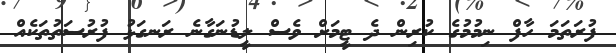
ފުރަތަމަ ހާފް ނިމުމުގެ ކުރިން ދެ ޓީމަށް ވެސް ލީޑުނަގާނެ ރަނގަޅު ފުރުސަތުތަކެއް